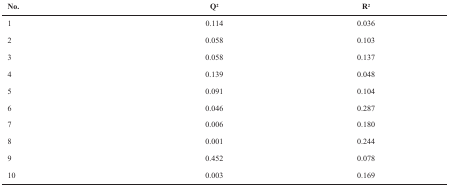
| No. | Q2 | R2 |
 | --- | --- | --- |
 | 1 | 0.114 | 0.036 |
 | 2 | 0.058 | 0.103 |
 | 3 | 0.058 | 0.137 |
 | 4 | 0.139 | 0.048 |
 | 5 | 0.091 | 0.104 |
 | 6 | 0.046 | 0.287 |
 | 7 | 0.006 | 0.180 |
 | 8 | 0.001 | 0.244 |
 | 9 | 0.452 | 0.078 |
 | 10 | 0.003 | 0.169 |